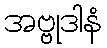
အဗ္ဗုဒါနံ